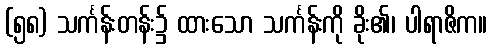
(၅၈) သင်္ကန်းတန်း၌ ထားသော သင်္ကန်းကို ခိုး၏၊ ပါရာဇိက။